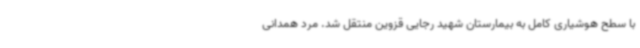
با سطح هوشیاری کامل به بیمارستان شهید رجایی قزوین منتقل شد. مرد همدانی